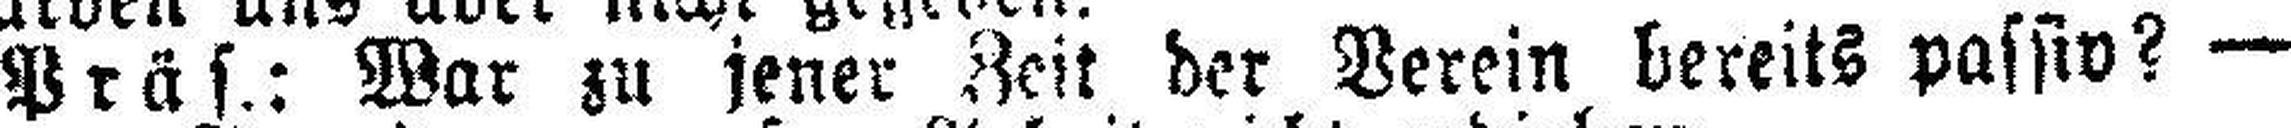
Präs.: War zu jener Zeit der Verein bereits passiv? —